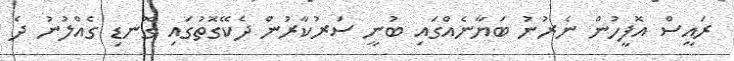
ރައީސް އޮފީހުން ނެރުނު ބަޔާނެއްގައި ބުނީ ސަރުކާރުން ދެކޭގޮތުގައި ގޮނޑި ގެއްލުނު ދެ